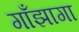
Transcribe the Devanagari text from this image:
गाँझागा